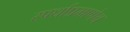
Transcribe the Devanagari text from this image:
स्पर्धाप्रमाणेच